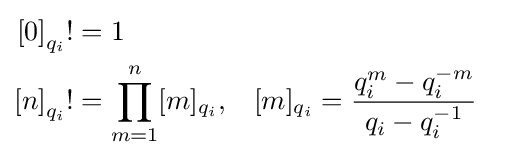
{\begin{aligned}{[0]}_{q_{i}}!&=1\\{[n]}_{q_{i}}!&=\prod _{m=1}^{n}[m]_{q_{i}},&&[m]_{q_{i}}={\frac {q_{i}^{m}-q_{i}^{-m}}{q_{i}-q_{i}^{-1}}}\end{aligned}}